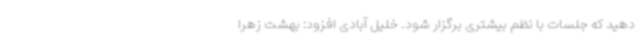
دهید که جلسات با نظم بیشتری برگزار شود. خلیل آبادی افزود: بهشت زهرا